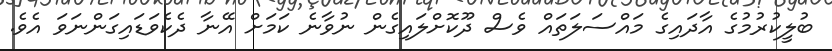
ބުލީކުރުމުގެ އާދައިގެ މައްސަލަތައް ވެސް ދޫކޮށްލައިގެން ނުވާނެ ކަމަށް އޭނާ ދެކެވަޑައިގަންނަވަ އެވެ.